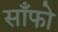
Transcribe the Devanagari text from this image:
साँफो